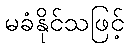
မခံနိုင်သဖြင့်